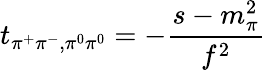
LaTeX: t_{\pi^{+}\pi^{-},\pi^{0}\pi^{0}}=-\frac{s-m_{\pi}^{2}}{f^{2}}